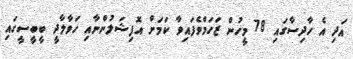
އަދި އެ ހާދިސާގައި 78 މީހުން ޒަހަމްވެފައިވާ ކަމަށް އޮފިޝަލުންނާއި ހަވާލާދީ ބީބީސީގައި